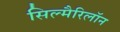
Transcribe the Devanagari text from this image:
सिल्मैरिलॉन